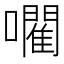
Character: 𡃦